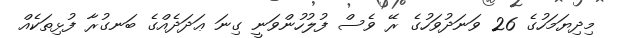
މިދިޔަމަހުގެ 26 ވަނަދުވަހުގެ ރޭ ވެސް ފުލުހުންވަނީ ގިނަ ޢަދަދެއްގެ ބަނގުރާ ފުޅިތަކެއް